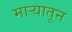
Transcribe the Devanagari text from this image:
माऱ्यातून